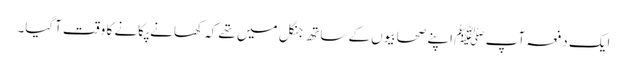
ایک دفعہ آپ ﷺ اپنے صحابیوں کے ساتھ جنگل میں تھے کہ کھانے پکانے کا وقت آگیا۔